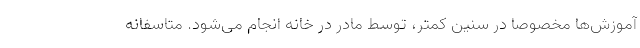
آموزش‌ها مخصوصا در سنین کمتر، توسط مادر در خانه انجام می‌شود. متاسفانه